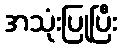
အသုံးပြုပြီး